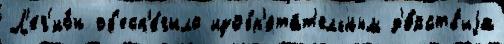
Л'ег'ио́н об'есп'е́чило изобр'ета́т'ельным д'е́йств'иjа